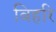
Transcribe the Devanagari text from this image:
बिहरि